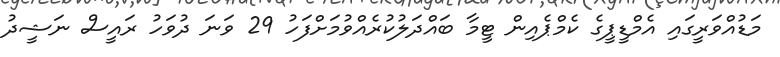
މަޑުއްވަރީގައި އެމްޑީޕީގެ ކެމްޕެއިން ޓީމާ ބައްދަލުކުރެއްވުމަށްފަހު 29 ވަނަ ދުވަހު ރައީސް ނަޝީދު